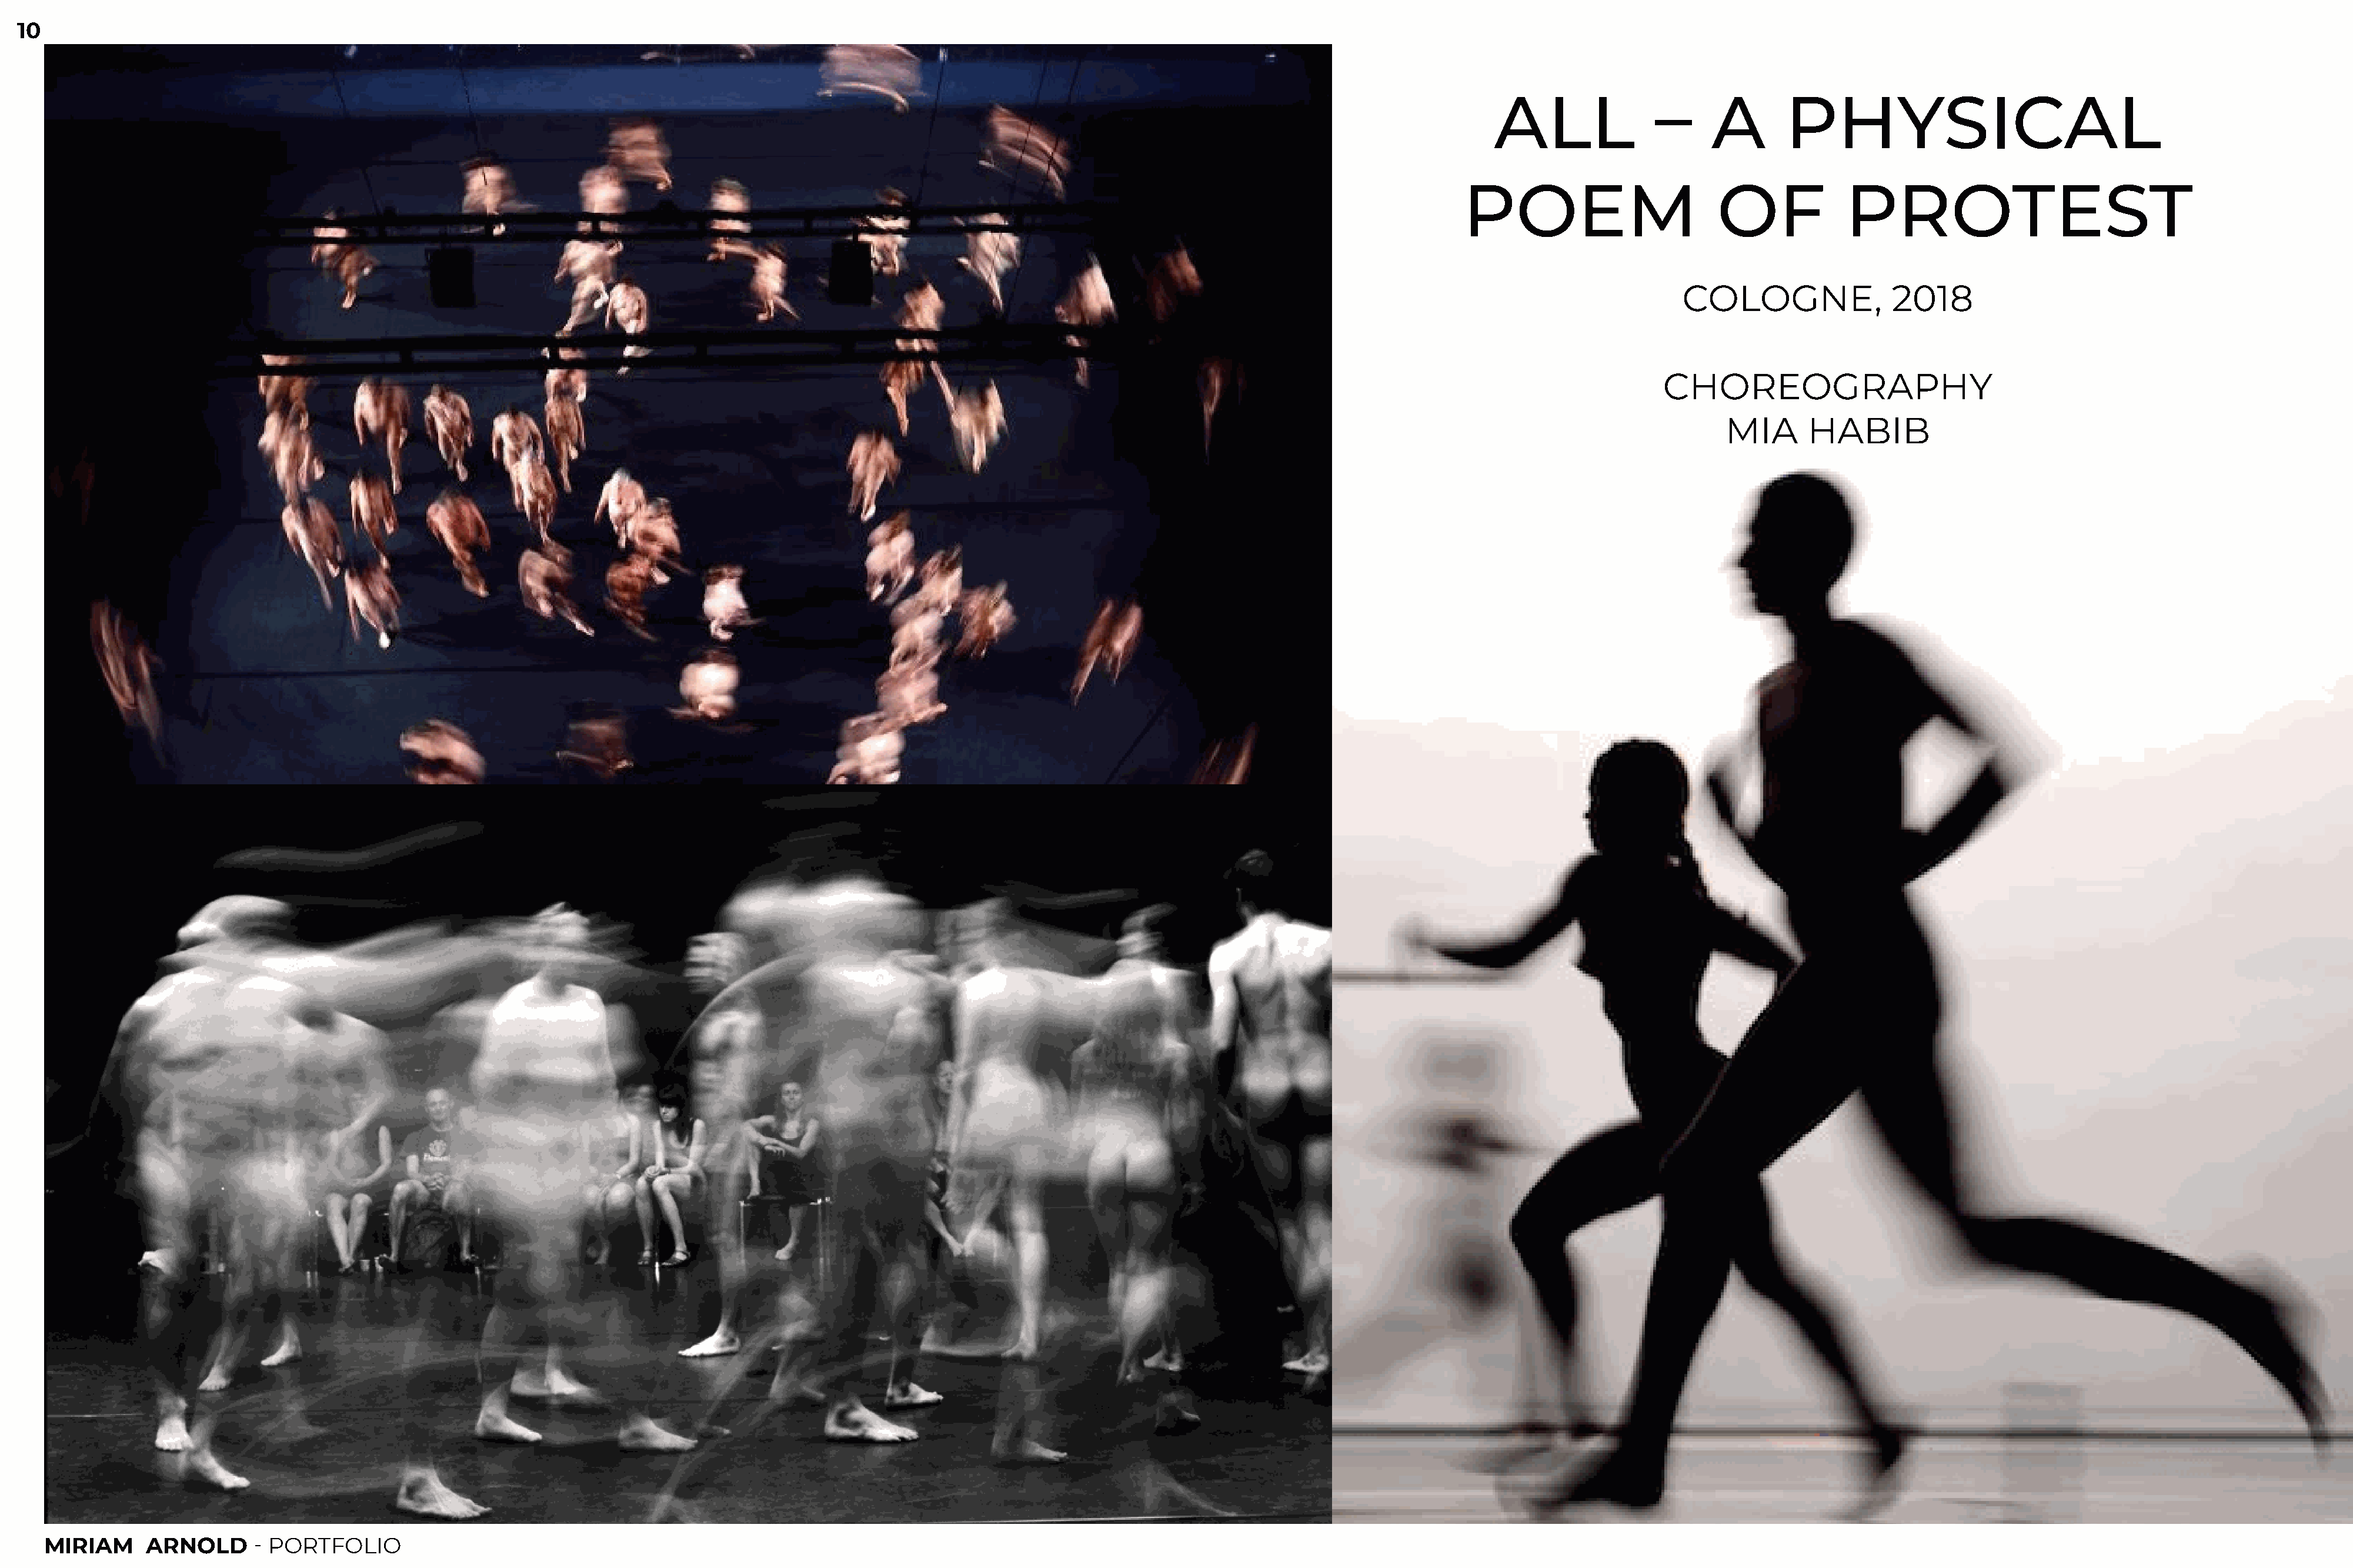
10
 ALL               –      A       PHYSICAL
 POEM                        OF             PROTEST
 COLOGNE,                2018
 CHOREOGRAPHY
 MIA      HABIB
 MIRIAM     ARNOLD       - PORTFOLIO